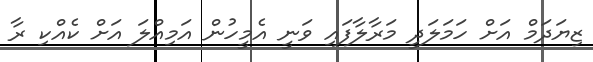
ޒިޔަދަމް އަށް ހަމަލަދީ މަރާލާފައި ވަނީ އެމީހުން އަމިއްލަ އަށް ކެއްކި ރާ